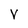
Character: V